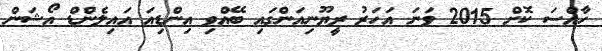
ހާއްސަ ކޮށް 2015 ވަނަ އަހަރު ރީޔޫނިއަންގައި ބޭއްވި އިންޑިއަ އައިލެންޑް އޯޝަން